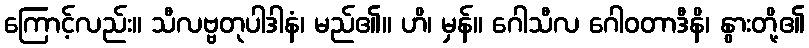
ကြောင့်လည်း။ သီလဗ္ဗတုပါဒါနံ၊ မည်၏။ ဟိ၊ မှန်။ ဂေါသီလ ဂေါဝတာဒီနိ၊ နွားတို့၏